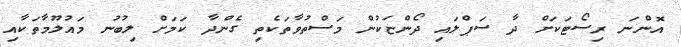
އޮންނަ ރިސޯޓަކަށް ދާ ސަޕްލައި ދޯންޏަކުން މަސްތުވާތަކެތި ގެންދާ ކަމަށް ލިބުނު މައުލޫމާތަކާއި